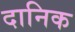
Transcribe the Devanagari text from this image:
दानिक